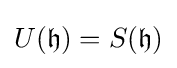
U({\mathfrak {h}})=S({\mathfrak {h}})